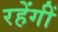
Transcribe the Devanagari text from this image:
रहेंगीं